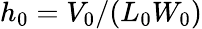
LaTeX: h_{0}=V_{0}/(L_{0}W_{0})